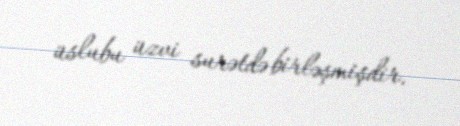
üslubu üzvi surətdə birləşmişdir.